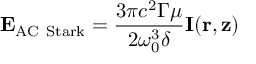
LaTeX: \mathbf { \Delta E } _ { \mathrm { A C ~ S t a r k } } = { \frac { 3 \pi c ^ { 2 } \Gamma \mu } { 2 \omega _ { 0 } ^ { 3 } \delta } } \mathbf { I ( r , z ) }